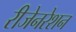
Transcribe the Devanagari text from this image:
रीजेनरेशन